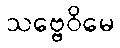
သဗ္ဗေဝိမေ